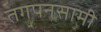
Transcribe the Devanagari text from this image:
तगपनसामी